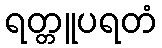
ရတ္တူပရတံ